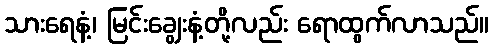
သားရေနံ့၊ မြင်းချွေးနံ့တို့လည်း ရောထွက်လာသည်။